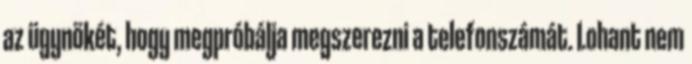
az ügynökét, hogy megpróbálja megszerezni a telefonszámát. Lohant nem